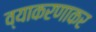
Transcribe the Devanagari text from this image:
व्याकरणाकर